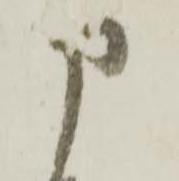
申